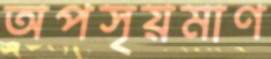
অপসৃয়মাণ